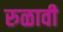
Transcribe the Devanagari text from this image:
रुळावी